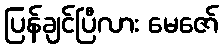
ပြန်ချင်ပြီလား မေဇော်